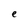
Character: e